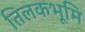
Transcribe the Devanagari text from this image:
तिलकभूमि